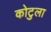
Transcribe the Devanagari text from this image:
कोटुला